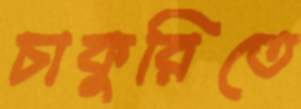
চাকুরিতে